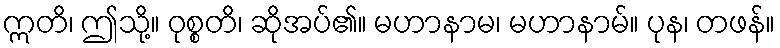
ဣတိ၊ ဤသို့။ ဝုစ္စတိ၊ ဆိုအပ်၏။ မဟာနာမ၊ မဟာနာမ်။ ပုန၊ တဖန်။